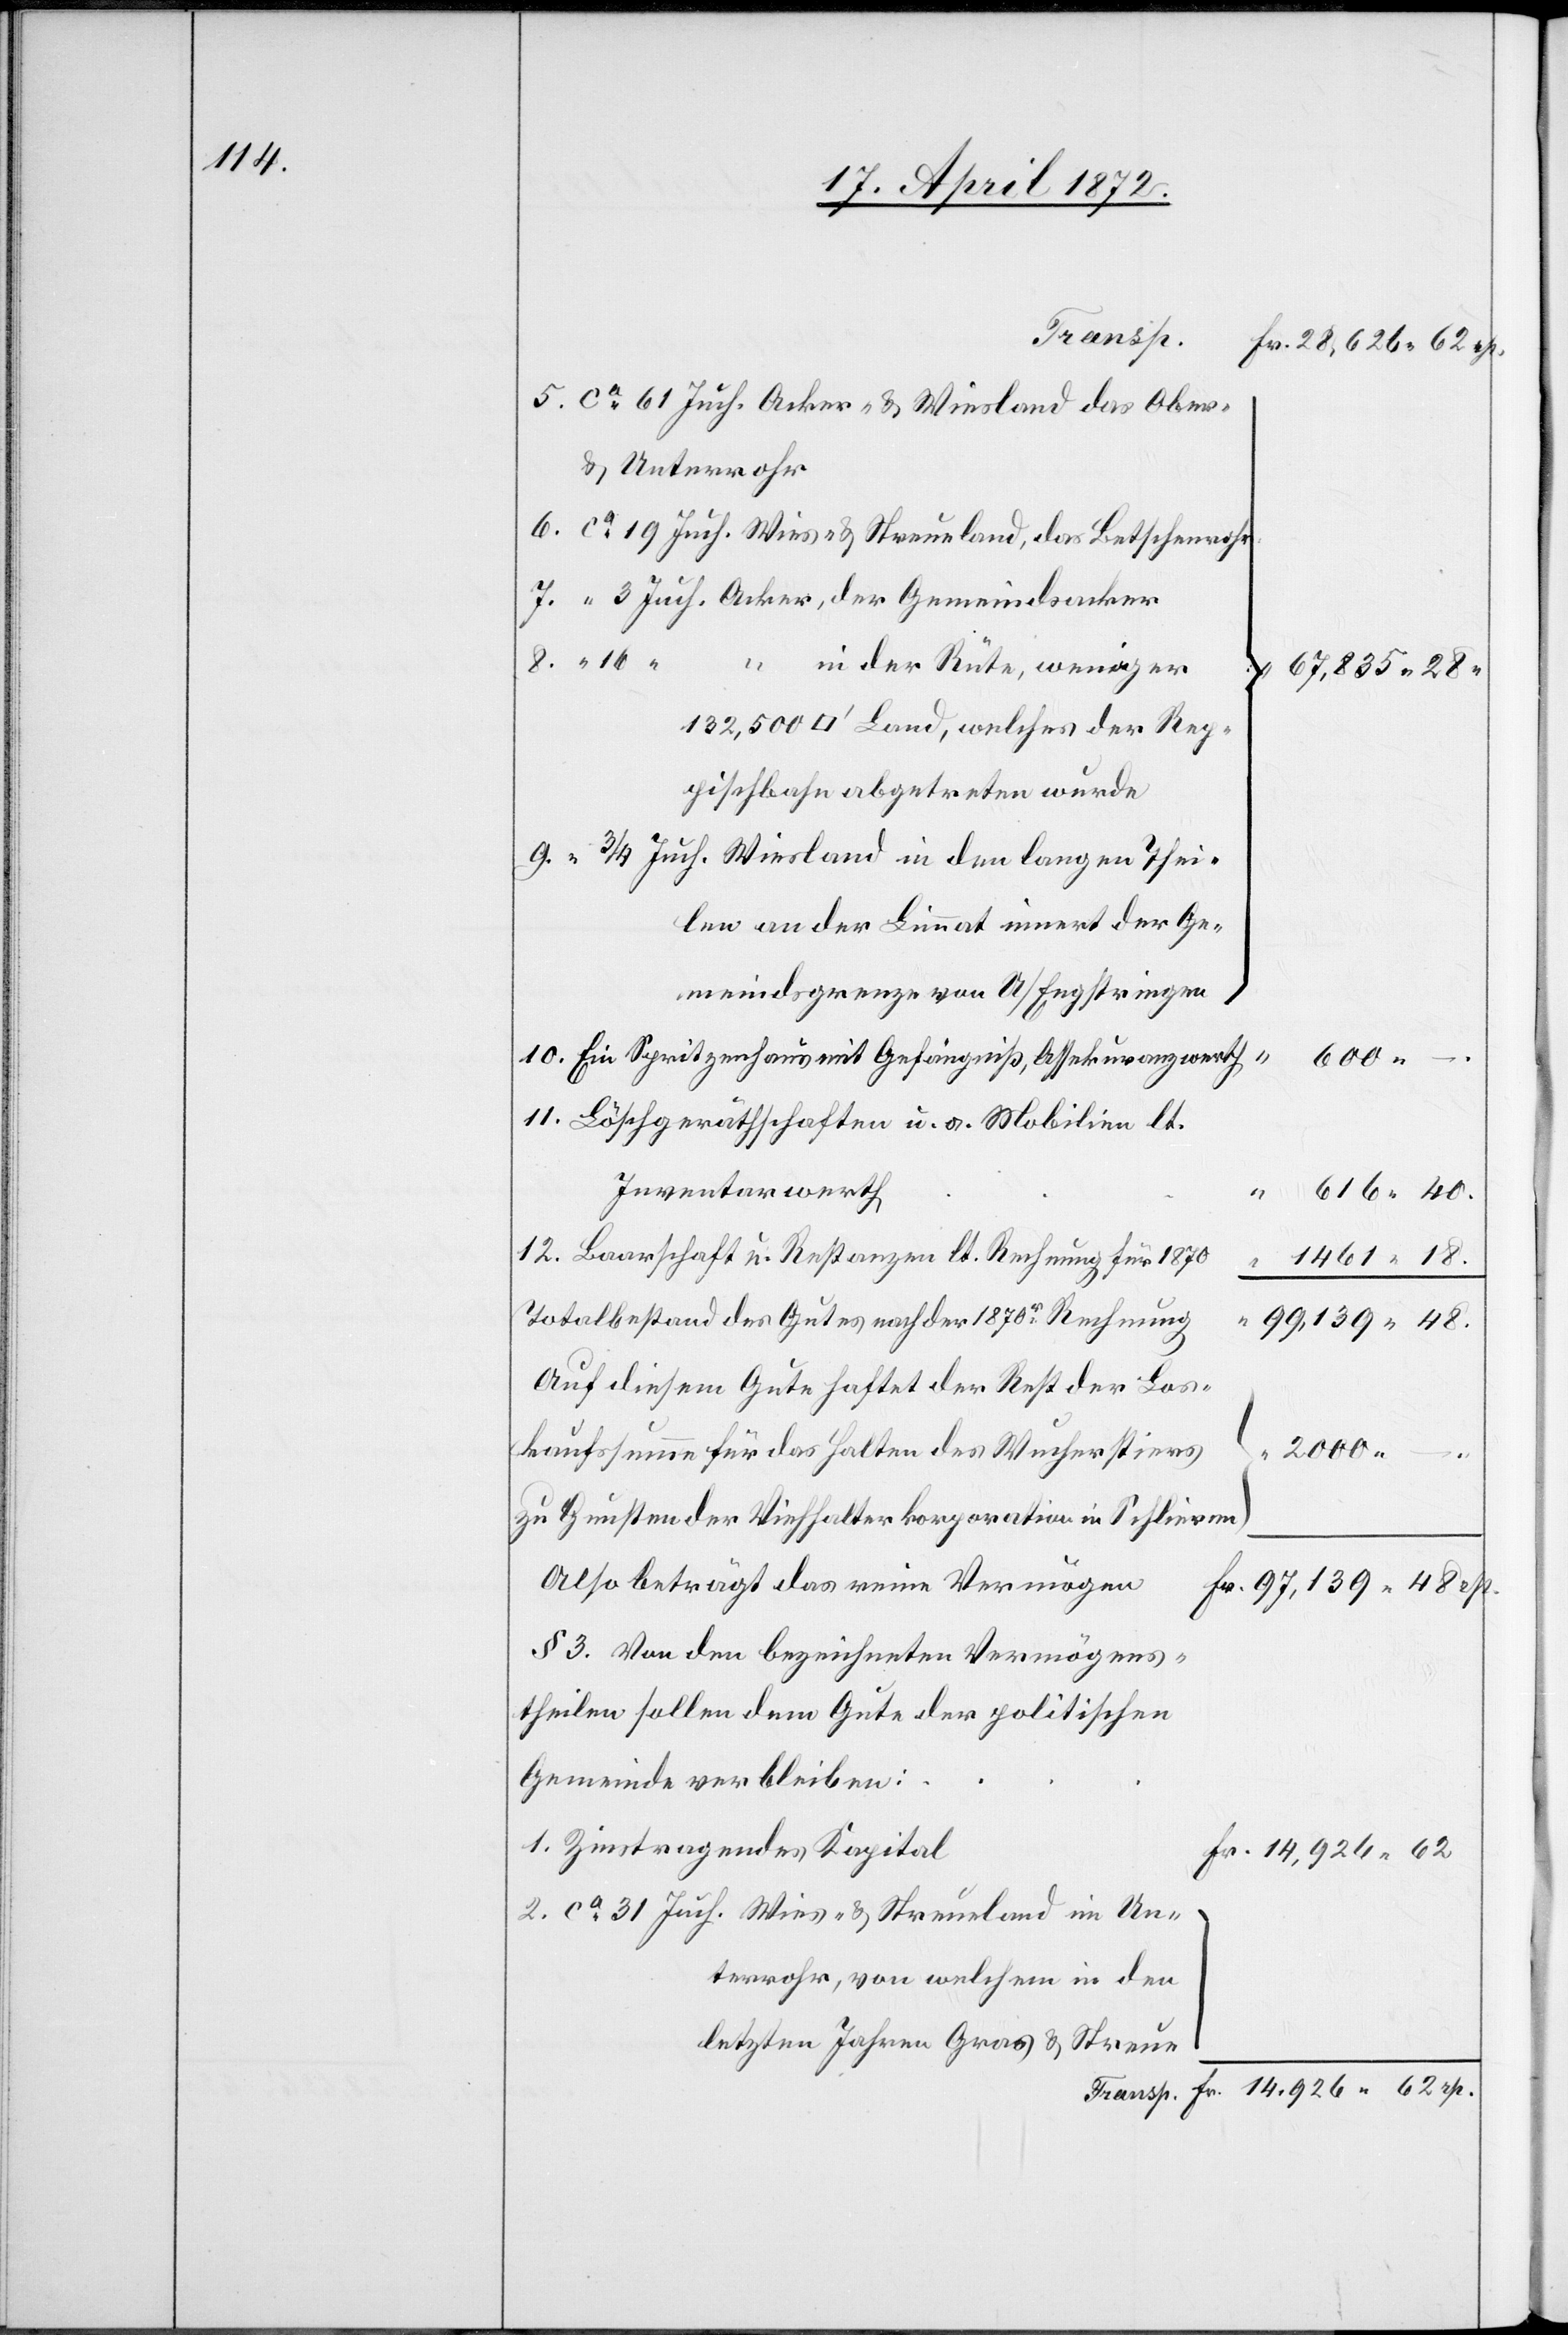
18.

5. ca 61 Juch. Aacker- u. Wiesland das Ober-
u. Unterrohr
6. ca 19 Juch. Wies- u. Streueland, das Betschenrohr
7. “ 3 Juch. Acker, der Gemeindsacker
“ in der Rüte, weniger
97,139 48 rp.
132,500 [Quadratfuss] Land, welches der Rep¬
pischbahn abgetreten wurde
9. “ 3/4 Juch. Wiesland in den langen Thei¬
len an der Limmat innert der Ge¬
meindsgrenze von U/Engstringen
10. Ein Spritzenhaus mit Gefängniß, Assekuranzwerth
600
11. Löschgeräthschaften u. a. Mobilien lt.
Inventarwerth
12. Baarschaft u. Restanzen lt. Rechnung für 1870
Totalbestand des Gutes nach der 1870r Rechnung
Auf diesem Gute haftet der Rest der Los¬
kaufssumme für das Halten des Wucherstiers
zu Gunsten der Viehhalterkorporation in Schlieren
Also beträgt das reine Vermögen
§ 3. Von den bezeichneten Vermögens¬
theilen sollen dem Gute der politischen
Gemeinde verbleiben:
1. Zinstragendes Kapital
14,926 62
2. ca 31 Juch. Wies- u. Streueland im Un¬
terrohr, von welchem in den
letzten Jahren Gras u. Streue